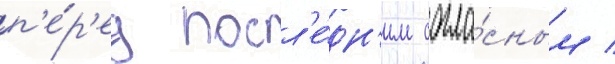
п'е́р'ед посл'е́дн'им согла́сным /